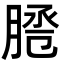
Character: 𦜕